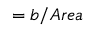
= { b } / { A r e a }